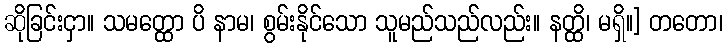
ဆိုခြင်းငှာ။ သမတ္ထော ပိ နာမ၊ စွမ်းနိုင်သော သူမည်သည်လည်း။ နတ္ထိ၊ မရှိ။] တတော၊